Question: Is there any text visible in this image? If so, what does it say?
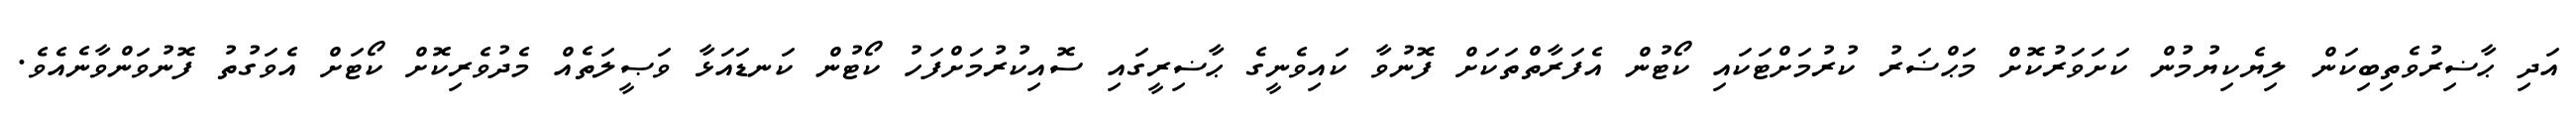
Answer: އަދި ޙާޟިރުވެތިބިކަން ލިޔެކިޔުމުން ކަށަވަރުކޮށް މަޙްޟަރު ކުރުމަށްޓަކައި ކޯޓުން އެފަރާތްތަކަށް ފޮނުވާ ކައިވެނީގެ ޙާޟިރީގައި ސޮއިކުރުމަށްފަހު ކޯޓުން ކަނޑައަޅާ ވަޞީލަތެއް މެދުވެރިކޮށް ކޯޓަށް އެވަގުތު ފޮނުވަންވާނެއެވެ.